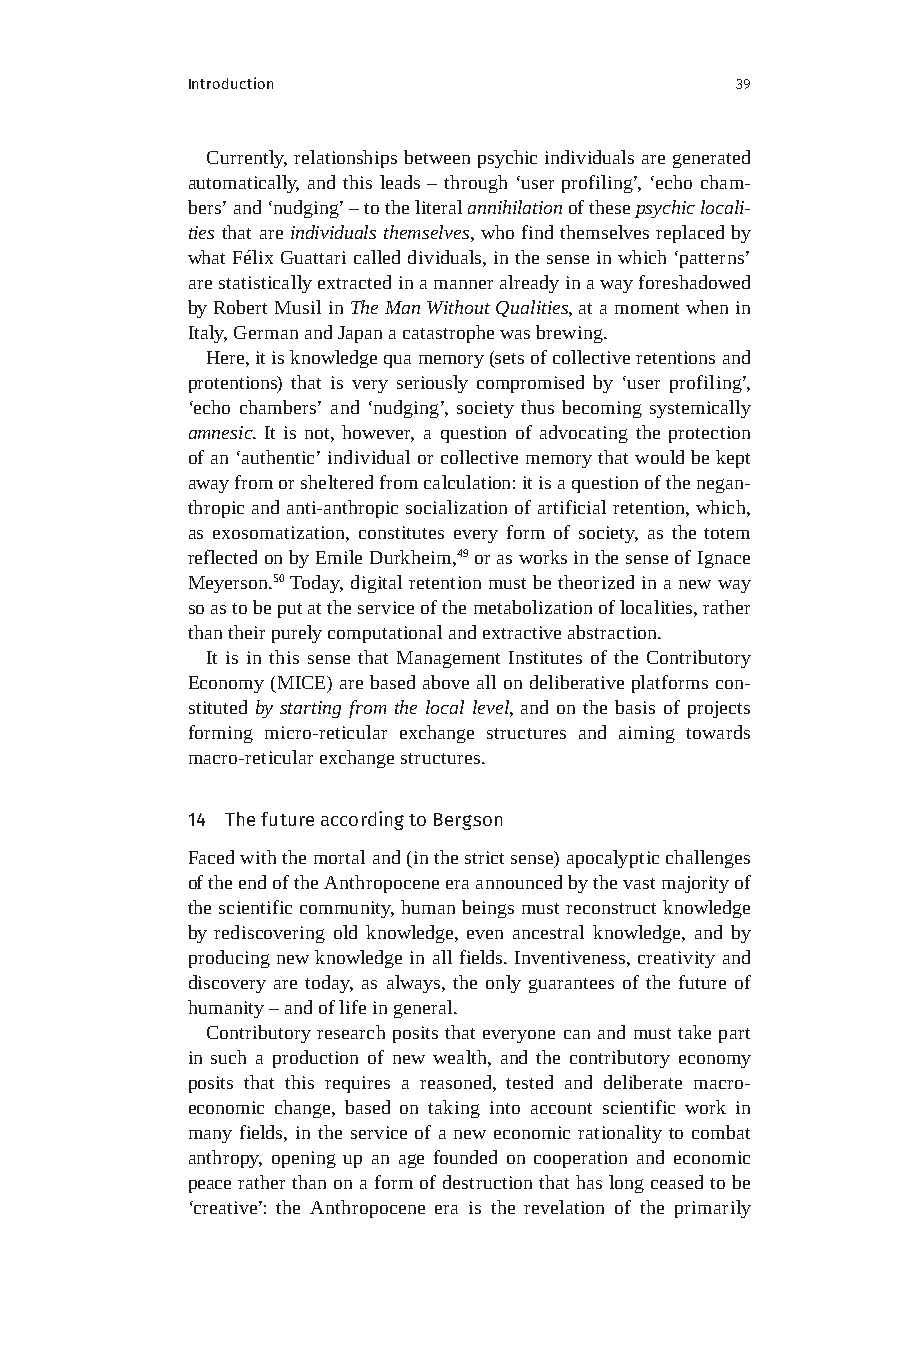
Introduction                         39
 Currently, relationships between psychic individuals are generated
 automatically, and this leads – through ‘user profiling’, ‘echo cham-
 bers’ and ‘nudging’ – to the literal annihilation of these psychic locali-
 ties that are individuals themselves, who find themselves replaced by
 what Félix Guattari called dividuals, in the sense in which ‘patterns’
 are statistically extracted in a manner already in a way foreshadowed
 by Robert Musil in The Man Without Qualities, at a moment when in
 Italy, German and Japan a catastrophe was brewing.
 Here, it is knowledge qua memory (sets of collective retentions and
 protentions) that is very seriously compromised by ‘user profiling’,
 ‘echo chambers’ and ‘nudging’, society thus becoming systemically
 amnesic. It is not, however, a question of advocating the protection
 of an ‘authentic’ individual or collective memory that would be kept
 away from or sheltered from calculation: it is a question of the negan-
 thropic and anti-anthropic socialization of artificial retention, which,
 as exosomatization, constitutes every form of society, as the totem
 reflected on by Emile Durkheim,49 or as works in the sense of Ignace
 Meyerson.50 Today, digital retention must be theorized in a new way
 so as to be put at the service of the metabolization of localities, rather
 than their purely computational and extractive abstraction.
 It is in this sense that Management Institutes of the Contributory
 Economy (MICE) are based above all on deliberative platforms con-
 stituted by starting from the local level, and on the basis of projects
 forming micro-reticular exchange structures and aiming towards
 macro-reticular exchange structures.
 14 The future according to Bergson
 Faced with the mortal and (in the strict sense) apocalyptic challenges
 of the end of the Anthropocene era announced by the vast majority of
 the scientific community, human beings must reconstruct knowledge
 by rediscovering old knowledge, even ancestral knowledge, and by
 producing new knowledge in all fields. Inventiveness, creativity and
 discovery are today, as always, the only guarantees of the future of
 humanity – and of life in general.
 Contributory research posits that everyone can and must take part
 in such a production of new wealth, and the contributory economy
 posits that this requires a reasoned, tested and deliberate macro-
 economic change, based on taking into account scientific work in
 many fields, in the service of a new economic rationality to combat
 anthropy, opening up an age founded on cooperation and economic
 peace rather than on a form of destruction that has long ceased to be
 ‘creative’: the Anthropocene era is the revelation of the primarily